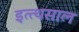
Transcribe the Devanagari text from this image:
इत्त्थसाल